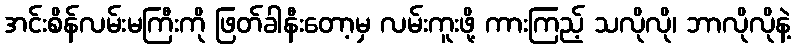
အင်းစိန်လမ်းမကြီးကို ဖြတ်ခါနီးတော့မှ လမ်းကူးဖို့ ကားကြည့် သလိုလို၊ ဘာလိုလိုနဲ့